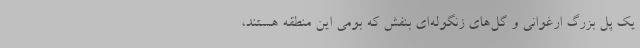
یک پل بزرگ ارغوانی و گل‌های زنگوله‌ای بنفش که بومی این منطقه هستند،